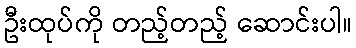
ဦးထုပ်ကို တည့်တည့် ဆောင်းပါ။